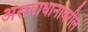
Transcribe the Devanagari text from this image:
असमाधानावरील